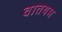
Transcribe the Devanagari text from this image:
वातयम